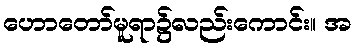
ဟောတော်မူရာ၌လည်းကောင်း။ အ